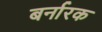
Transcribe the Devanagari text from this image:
बर्नारक